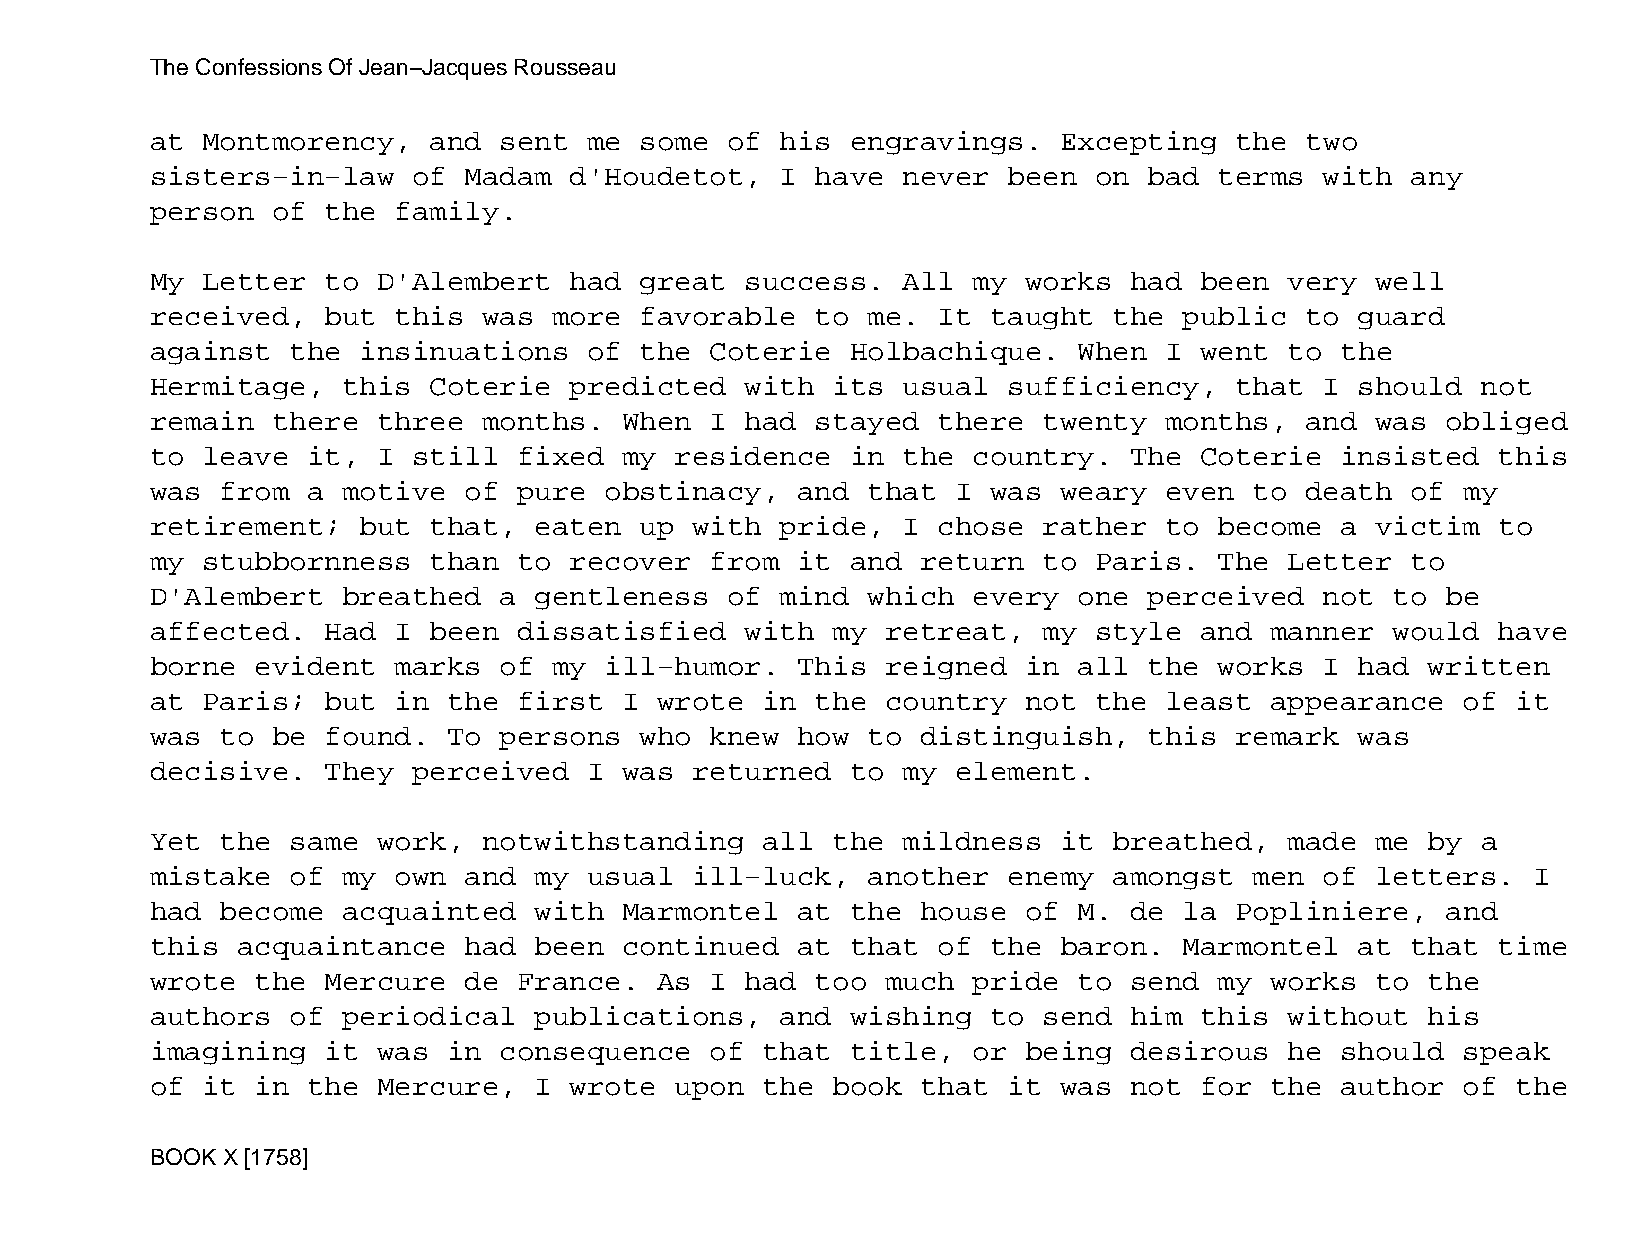
The Confessions Of Jean−Jacques Rousseau
 at Montmorency,   and  sent  me some  of  his engravings.   Excepting   the two
 sisters−in−law   of  Madam  d'Houdetot,   I have  never  been on  bad  terms  with any
 person  of  the family.
 My Letter   to D'Alembert   had great  success.   All my  works  had been  very  well
 received,   but this  was  more favorable   to me.  It  taught  the public  to  guard
 against  the  insinuations   of the  Coterie  Holbachique.   When  I went  to  the
 Hermitage,   this Coterie   predicted  with  its  usual  sufficiency,   that  I should  not
 remain  there  three  months.  When  I had  stayed  there  twenty  months,  and  was  obliged
 to leave  it,  I still  fixed  my  residence  in  the country.   The Coterie   insisted  this
 was  from a  motive  of pure  obstinacy,   and that  I  was weary  even  to death  of  my
 retirement;   but that,  eaten  up  with  pride,  I chose  rather  to  become  a victim  to
 my stubbornness   than  to  recover  from  it and  return  to Paris.   The Letter  to
 D'Alembert   breathed  a gentleness   of  mind which  every  one  perceived   not to  be
 affected.   Had I been  dissatisfied   with  my  retreat,  my style  and  manner  would  have
 borne  evident  marks  of  my ill−humor.   This  reigned  in all  the  works  I had  written
 at Paris;   but in  the first  I  wrote in  the  country  not the  least  appearance   of it
 was  to be  found.  To persons  who  knew  how to  distinguish,   this  remark  was
 decisive.   They perceived   I was  returned  to  my element.
 Yet  the same  work,  notwithstanding   all  the  mildness  it  breathed,  made  me  by a
 mistake  of  my own  and my  usual  ill−luck,  another   enemy  amongst  men  of letters.  I
 had  become  acquainted  with  Marmontel   at the  house  of M.  de la  Popliniere,   and
 this  acquaintance   had been  continued   at that  of  the baron.  Marmontel   at that  time
 wrote  the  Mercure  de France.   As I had  too  much pride  to  send  my works  to  the
 authors  of  periodical  publications,    and wishing   to send  him this  without   his
 imagining   it was  in consequence   of that  title,  or  being  desirous  he  should  speak
 of it  in the  Mercure,  I  wrote  upon the  book  that  it was  not for  the  author  of the
 BOOK X [1758]